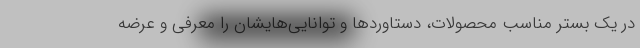
در یک بستر مناسب محصولات، دستاورد‌ها و توانایی‌هایشان را معرفی و عرضه